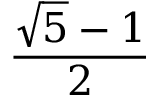
\frac { \sqrt { 5 } - 1 } { 2 }